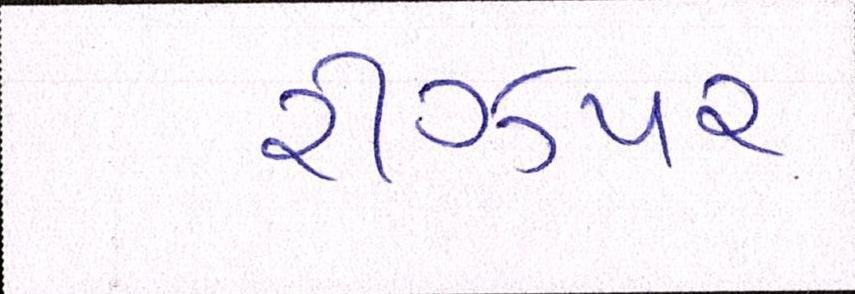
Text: રીઝપર